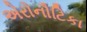
એરોનૌટિકા